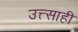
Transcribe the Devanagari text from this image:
उत्त्साही